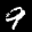
Label: 9